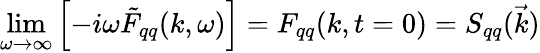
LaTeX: \operatorname*{lim}_{\omega\to\infty}\left[-i\omega\tilde{F}_{qq}(k,\omega)\right]=F_{qq}(k,t=0)=S_{qq}(\vec{k})